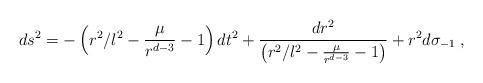
LaTeX: \begin{align*}ds^{2} =-\left( r^{2}/l^{2}-\frac{\mu }{r^{d-3}}-1\right) dt^{2}+\frac{dr^{2}}{\left(r^{2}/l^{2}-\frac{\mu }{r^{d-3}}-1\right) } +r^{2}d\sigma _{-1}\;,\end{align*}